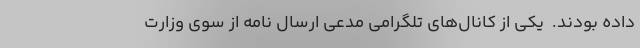
داده بودند. ‌ یکی از کانال‌های تلگرامی مدعی ارسال نامه از سوی وزارت